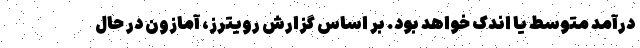
درآمد متوسط یا اندک خواهد بود. بر اساس گزارش رویترز، آمازون در حال